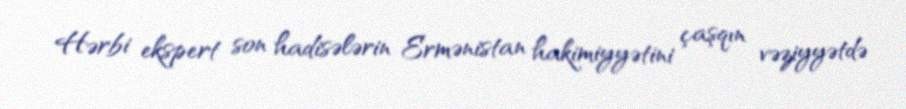
Hərbi ekspert son hadisələrin Ermənistan hakimiyyətini çaşqın vəziyyətdə